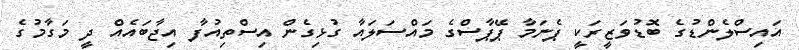
އައިސްލެންޑުގެ ބޮޑުވަޒީރަކީ ޕެނަމާ ޕޭޕާސްގެ މައްސަލައާ ގުޅިގެން އިސްތިއުފާ އިޖާބައެއް ދީ މަގާމުގެ